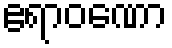
ဧရာဝဏော